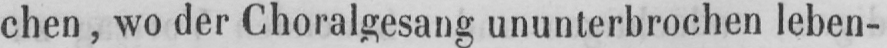
chen, wo der Choralgesang ununterbrochen leben-